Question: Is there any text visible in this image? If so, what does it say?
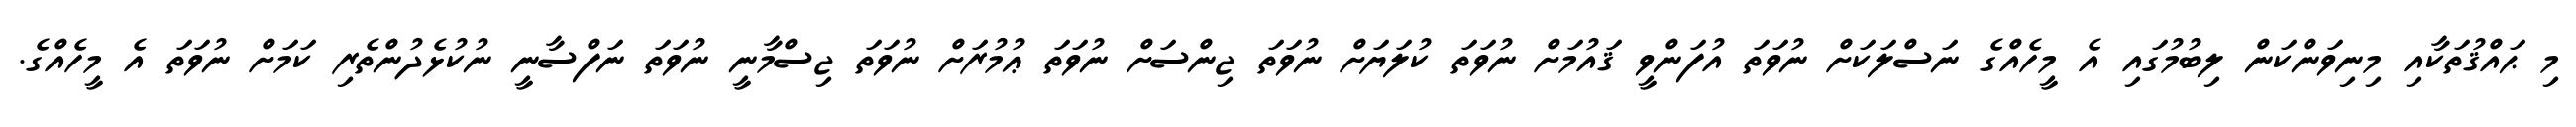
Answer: މި ޙައްޤުތަކާއި މިނިވަންކަން ލިބުމުގައި އެ މީހެއްގެ ނަސްލަކަށް ނުވަތަ އުފަންވީ ޤައުމަށް ނުވަތަ ކުލަޔަށް ނުވަތަ ޖިންސަށް ނުވަތަ ޢުމުރަށް ނުވަތަ ޖިސްމާނީ ނުވަތަ ނަފްސާނީ ނުކުޅެދުންތެރި ކަމަށް ނުވަތަ އެ މީހެއްގެ.